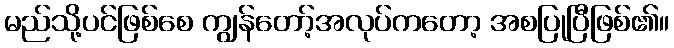
မည်သို့ပင်ဖြစ်စေ ကျွန်တော့်အလုပ်ကတော့ အစပြုပြီဖြစ်၏။